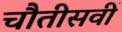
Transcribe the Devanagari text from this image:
चौतीसवीं